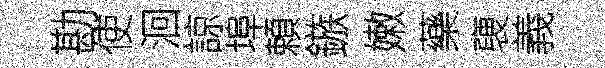
勘使洄諒埠頼鏃嫩藥褏義